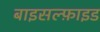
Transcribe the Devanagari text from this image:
बाइसल्फ़ाइड